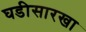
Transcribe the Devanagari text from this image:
घडीसारखा